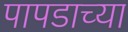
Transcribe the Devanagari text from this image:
पापडाच्या